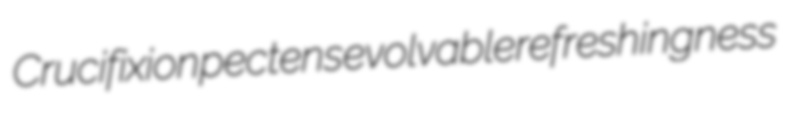
Crucifixion pectens evolvable refreshingness